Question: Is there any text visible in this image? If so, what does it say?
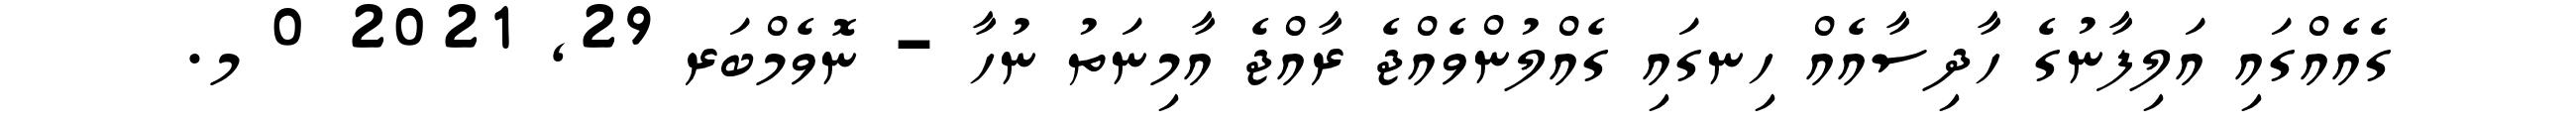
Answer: ގެއެއްގައި އަލިފާނުގެ ހާދިސާއެއް ހިނގައި ގެއްލުންވެއްޖެ ރާއްޖެ އާމިނަތު ނުހާ - ނޮވެމްބަރ 29, 2021 0 މ.